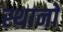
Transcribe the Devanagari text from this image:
स्थानाें